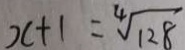
x + 1 = \sqrt [ 4 ] { 1 2 8 }